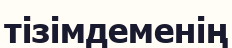
тізімдеменің